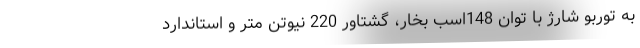
به توربو شارژ با توان 148اسب بخار، گشتاور 220 نیوتن متر و استاندارد